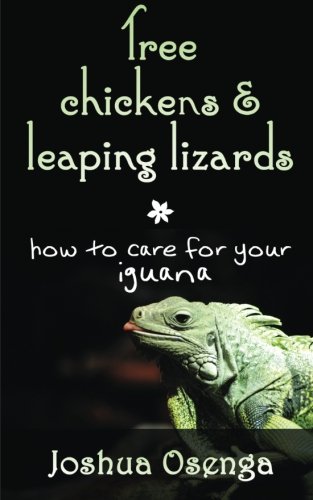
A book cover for Tree Chickens & Leaping Lizards: How to care for your Iguana; Joshua Osenga; Sports & Outdoors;